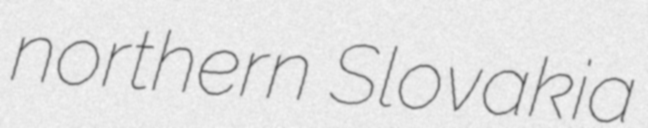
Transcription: northern Slovakia